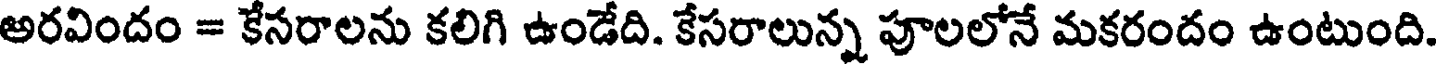
అరవిందం = కేసరాలను కలిగి ఉండేది. కేసరాలున్న పూలలోనే మకరందం ఉంటుంది.